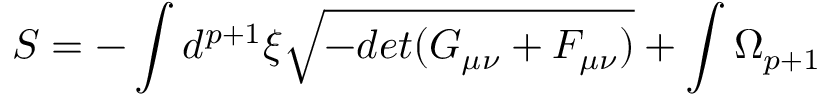
S = - \int d ^ { p + 1 } \xi \sqrt { - d e t ( G _ { \mu \nu } + { \cal F } _ { \mu \nu } ) } + \int \Omega _ { p + 1 }